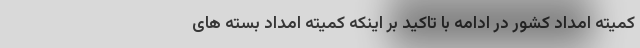
کمیته امداد کشور در ادامه با تاکید بر اینکه کمیته امداد بسته های